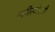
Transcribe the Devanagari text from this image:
भाविस्योधारी